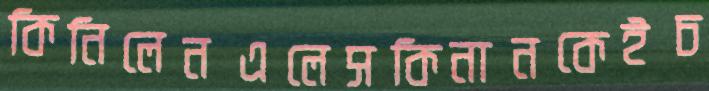
কিনিলেনএলেসকিনানকেইচ